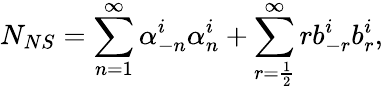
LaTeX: N_{NS}=\sum_{n=1}^{\infty}\alpha_{-n}^{i}\alpha_{n}^{i}+\sum_{r=\frac{1}{2}}^{\infty}rb_{-r}^{i}b_{r}^{i},